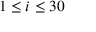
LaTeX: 1 \leq i \leq 3 0